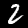
Label: 2